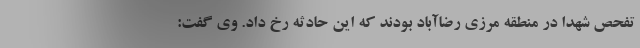
تفحص شهدا در منطقه مرزی رضاآباد بودند که این حادثه رخ داد. وی گفت: